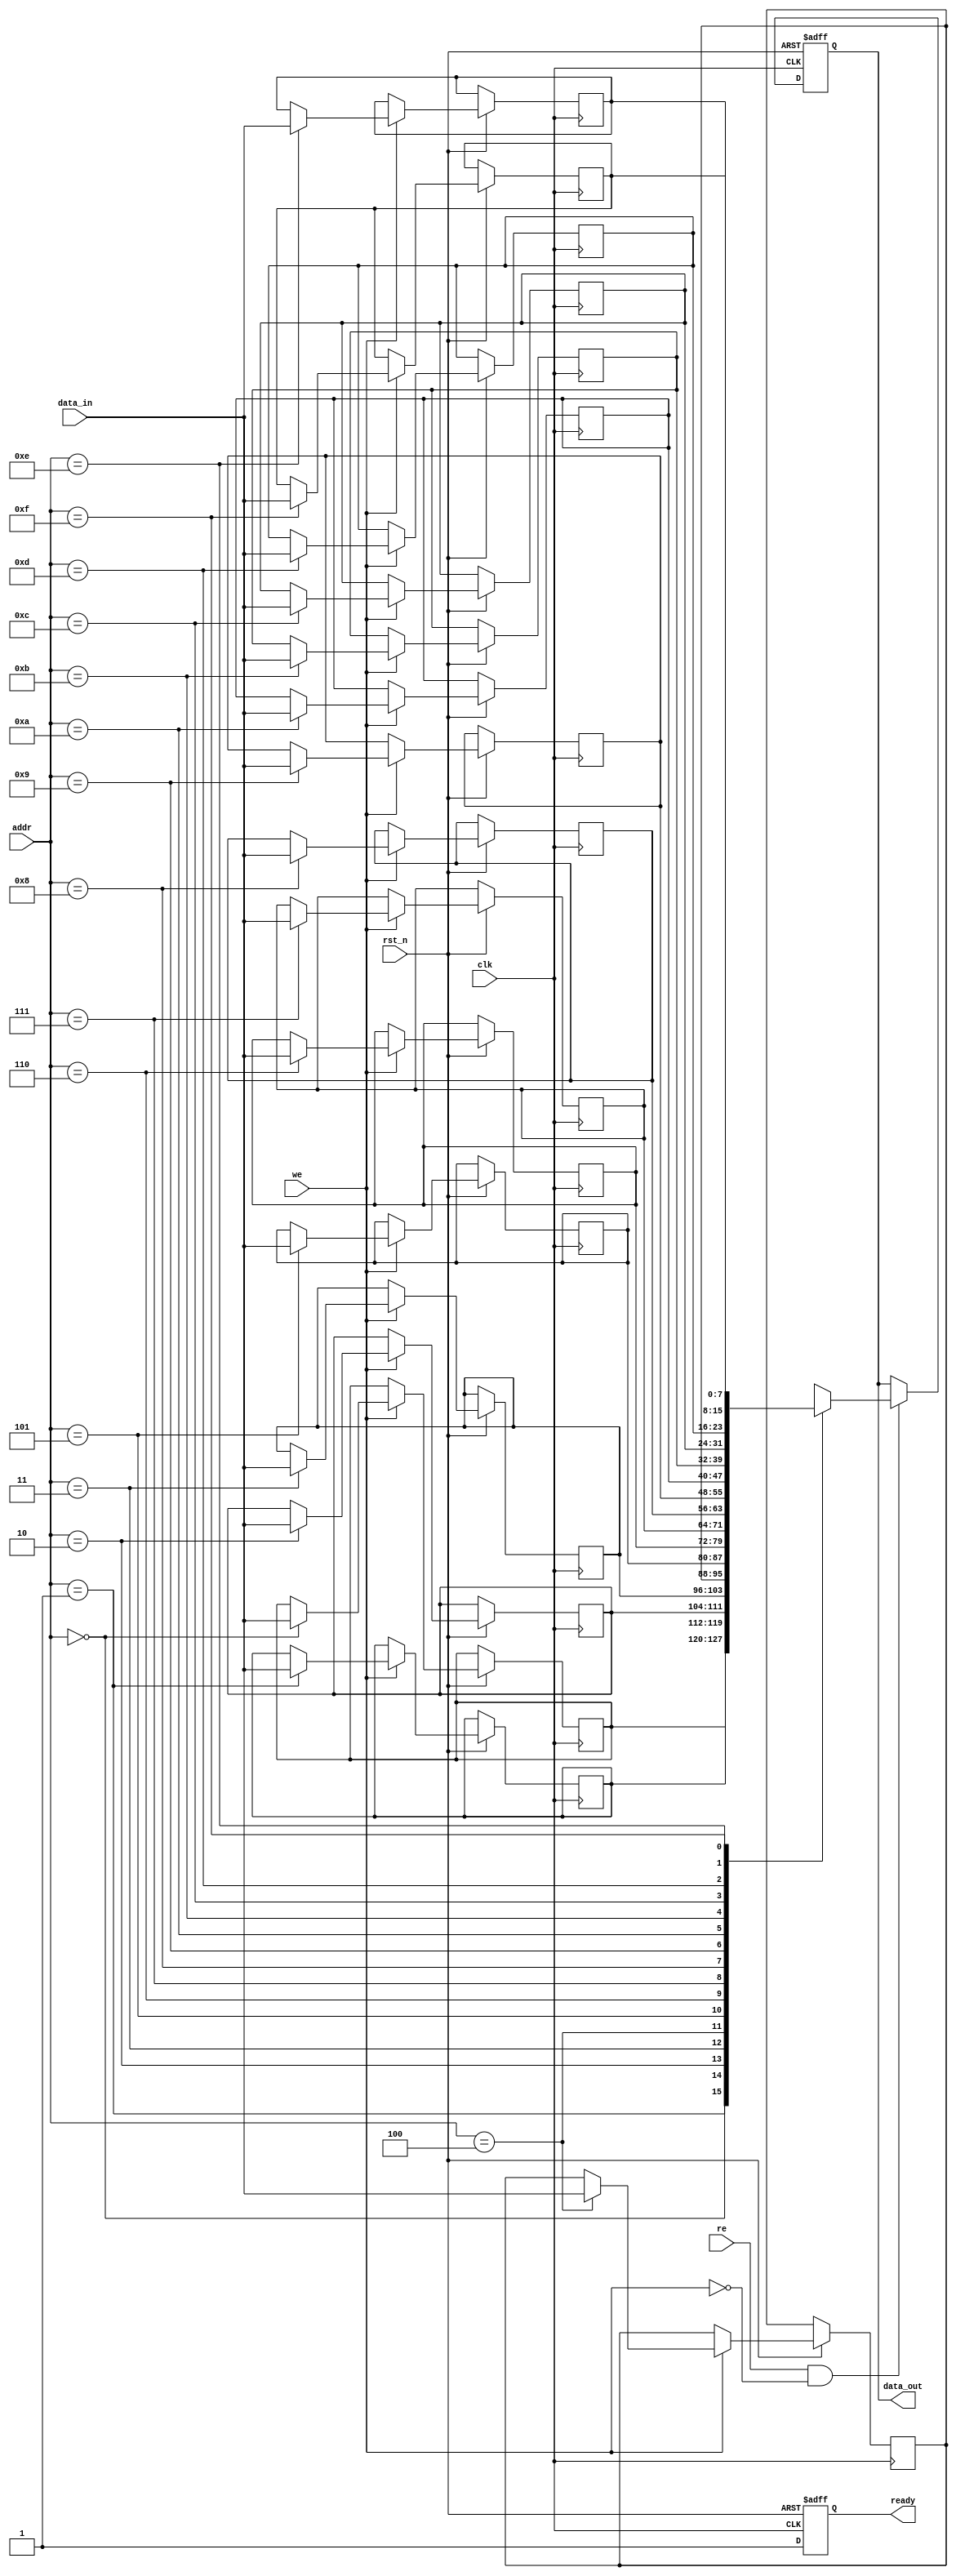
module low_power_sram #(
    parameter DATA_WIDTH = 8,   // Configurable data width (8, 16, 32 bits)
    parameter ADDR_WIDTH = 4,    // Address width (for example, 16 locations)
    parameter MEM_DEPTH = 1 << ADDR_WIDTH // Memory depth
)(
    input wire clk,
    input wire rst_n,
    input wire [ADDR_WIDTH-1:0] addr, // Address input
    input wire [DATA_WIDTH-1:0] data_in, // Data input for write
    input wire we, // Write enable
    input wire re, // Read enable
    output reg [DATA_WIDTH-1:0] data_out, // Data output
    output reg ready // Ready signal for operation
);

    // Memory array declaration
    reg [DATA_WIDTH-1:0] memory [0:MEM_DEPTH-1];

    // Address decoder (simple direct mapping)
    wire [ADDR_WIDTH-1:0] decoded_addr = addr;

    // Control logic for read and write operations
    always @(posedge clk or negedge rst_n) begin
        if (!rst_n) begin
            ready <= 1'b0;
            data_out <= {DATA_WIDTH{1'b0}};
        end else begin
            ready <= 1'b1; // Indicate that the SRAM is ready for operation
            
            // Read operation
            if (re && !we) begin
                data_out <= memory[decoded_addr];
            end
            
            // Write operation
            if (we) begin
                memory[decoded_addr] <= data_in;
            end
        end
    end

    // Power management (basic implementation)
    // This could be expanded with more sophisticated power-saving techniques
    always @(posedge clk or negedge rst_n) begin
        if (!rst_n) begin
            // Initialize power states
            // Additional power management logic can be added here
        end else begin
            // Implement low-power states based on operational modes
            // For example, entering standby mode when not in use
        end
    end

endmodule